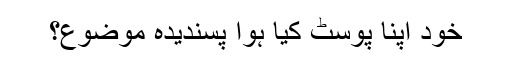
خود اپنا پوسٹ کیا ہوا پسندیدہ موضوع؟